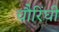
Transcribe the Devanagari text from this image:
चौरिंघी